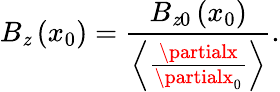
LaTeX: B_{\mathit{z}}\left(x_{0}\right)=\frac{{B_{\mathit{z}0}\left(x_{0}\right)}}{{\left\langle\frac{{\partialx}}{{\partialx_{0}}}\right\rangle}}.